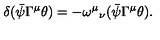
\delta ( \bar { \psi } \Gamma ^ { \mu } \theta ) = - { \omega ^ { \mu } } _ { \nu } ( \bar { \psi } \Gamma ^ { \mu } \theta ) .